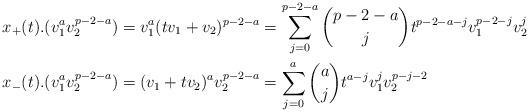
LaTeX: \begin{align*}x_{+}(t).(v_{1}^{a}v_{2}^{p-2-a}) &= v_{1}^{a}(tv_{1} + v_{2})^{p-2-a} = \sum_{j = 0}^{p-2-a} \binom{p-2-a}{j}t^{p-2-a-j}v_{1}^{p-2-j}v_{2}^{j}\\x_{-}(t).(v_{1}^{a}v_{2}^{p-2-a}) &= (v_{1} + tv_{2})^{a}v_{2}^{p-2-a} = \sum_{j = 0}^{a} \binom{a}{j}t^{a-j}v_{1}^{j}v_{2}^{p-j-2}\end{align*}